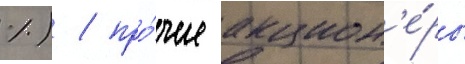
%) / про́чие акцион'е́ры